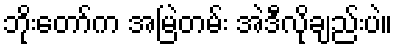
ဘိုးတော်က အမြဲတမ်း အဲဒီလိုချည်းပဲ။